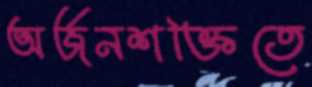
অর্জনশক্তিতে